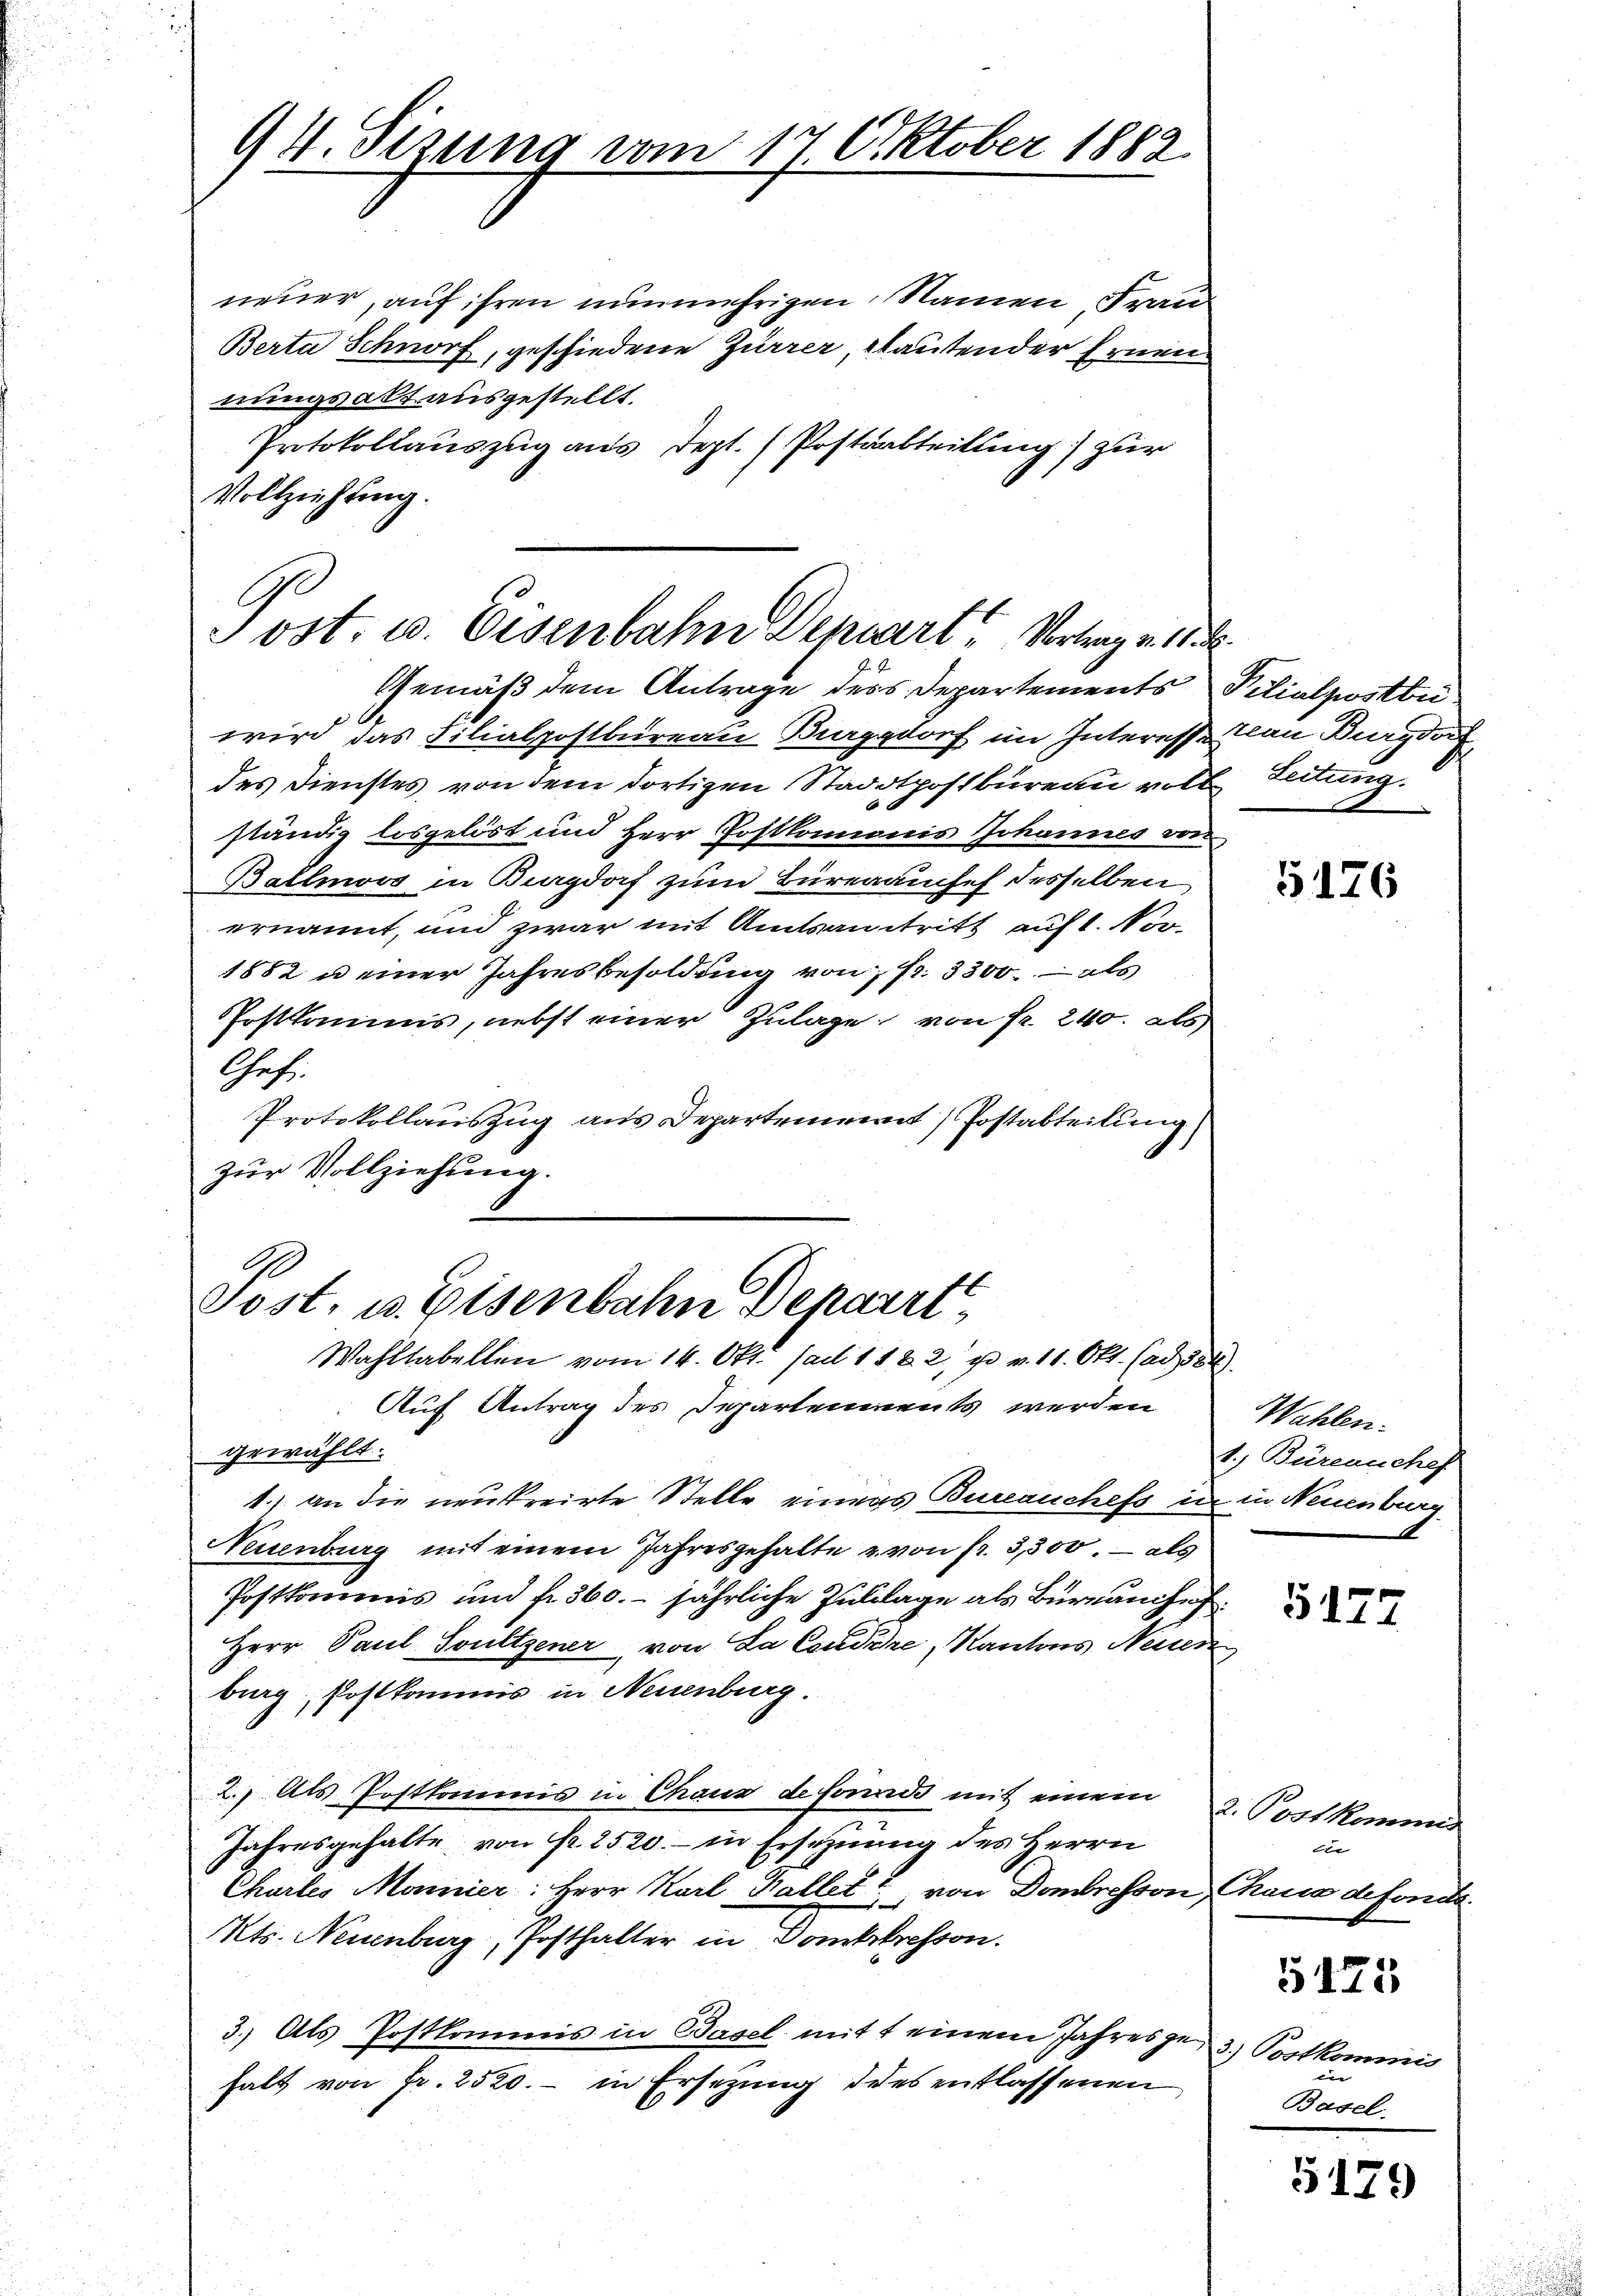
94. Sizung vom 17. Oktober 1882.

neuer, auf ihren nunmehrigen Namen, Frau
Berta Schnorf, geschiedene Zürrer, lautender Ernennungsalt ausgestellt.
Protokollauszug aus dept. (Postsabteilung) zur
Vollziehung.

Post. u. Eisenbahn denart, Vertrage d

Gemäß dem Antrage ders Departements Pilialpostbri
wird das Filialpostbureau Burgdorf im Interesse von Burgdor
des Dienstes, von dem dortigen Stadtpostbüreau voll Zeitung.
ständig losgelöst und Herr Postkomonis Johannes von
Ballmoos in Burgdorf zum Büreaauses desselben
ernannt, und zwar mit Amtsantritt auf 1. Vor
1852 u einer Jahresbesoldung von fr. 3300. als
Postkamms, nebst einer Zulage von Fr. 240. als
Chef
Protokollauszug aus Departement) Postabteilung
zur Vollziehung.

Post, u. Eisenbahn Depart
Wahltabellen vom 14. Okt. (ad 1182, u. v. 11. Okt. (ad 1884)

Auf Antrag des Departenments werden
gewählt.
1.) an die neukreirte Stelle einers Bureauchefs in in Neuenburg
Neuenburg mit einem Jahresgehalte u von fr. 3,300. als
Postkommis und fr. 360. jährliche Zulilage als Büreauche
Herr Paul Soultzener von La Condire, Kantons Neuer
burg, Postkommis in Neuenburg.
2.) Als Postkommis in Chaus de fonds mit einem
Jahresgehalte von Fr. 2520.- in Erschnung des Herrn
Chartes Monnier: Herr Karl Kallett, von Dombresson, Tacia defonds.
Kts. Neuenburg, Posthalter in Dankstrasson.
3.) Als Postkommis in Basel mit einem Jahresge- 3.) Postkommis
halt von Fr. 2520.- in Ersetzung des entlassenen

G176

Wahlen.
1, Burenschaf

5177

2. Pockkommer
t

5125

Basel.

5179